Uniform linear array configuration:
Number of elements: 4
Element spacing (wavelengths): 0.75
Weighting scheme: hann
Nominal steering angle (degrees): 45
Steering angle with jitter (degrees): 43.087
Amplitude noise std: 0.05
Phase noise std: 0.05

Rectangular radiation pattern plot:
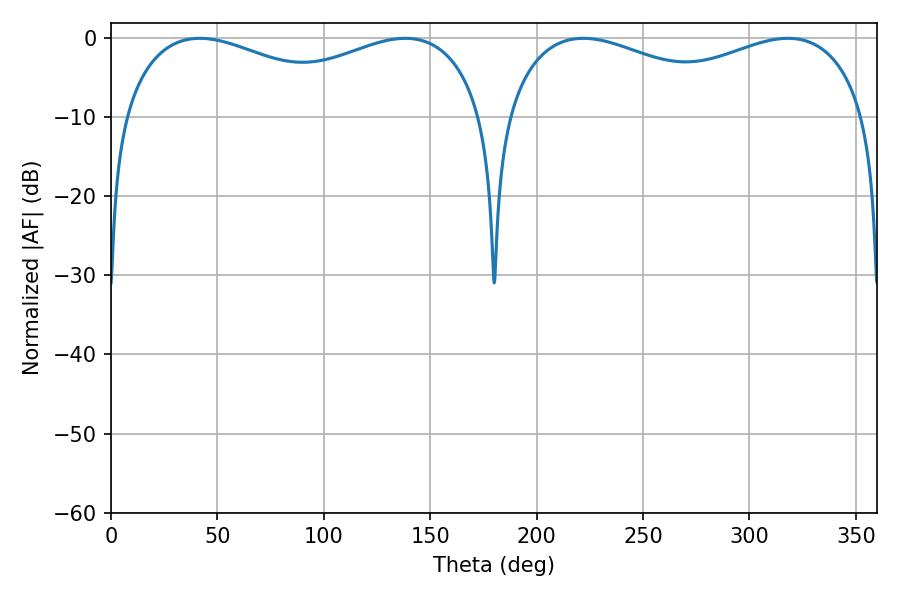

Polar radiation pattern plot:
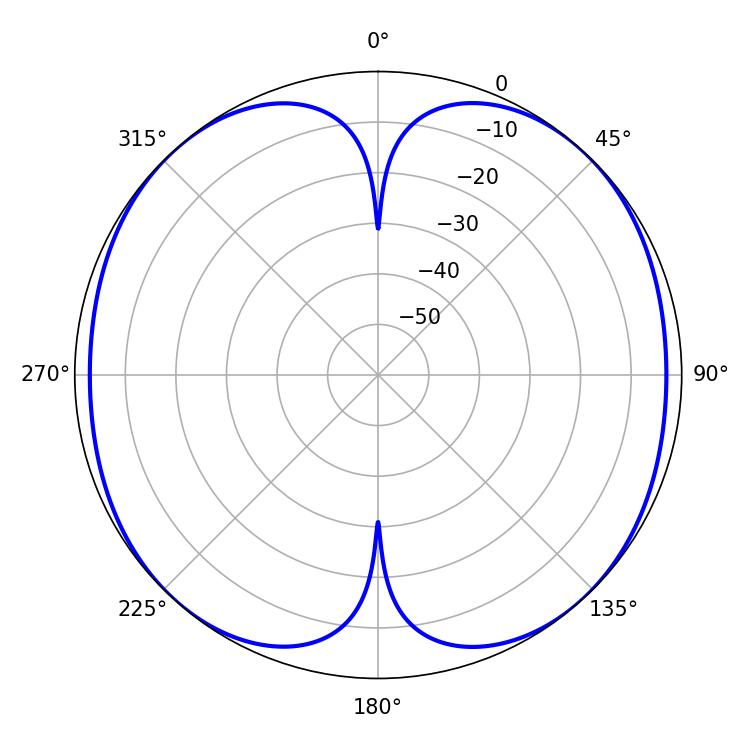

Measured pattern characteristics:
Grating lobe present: TRUE
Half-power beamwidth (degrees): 140.76
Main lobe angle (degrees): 221.94